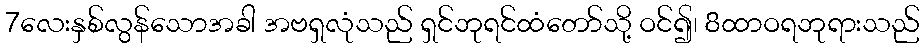
7လေးနှစ်လွန်သောအခါ အဗရှလုံသည် ရှင်ဘုရင်ထံတော်သို့ ဝင်၍၊ 8ထာဝရဘုရားသည်